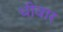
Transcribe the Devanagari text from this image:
धीवार